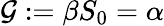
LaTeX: \mathcal{G}:=\beta S_{0}=\alpha